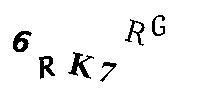
6RK7RG